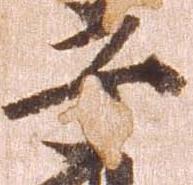
子